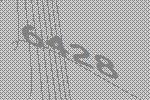
6428